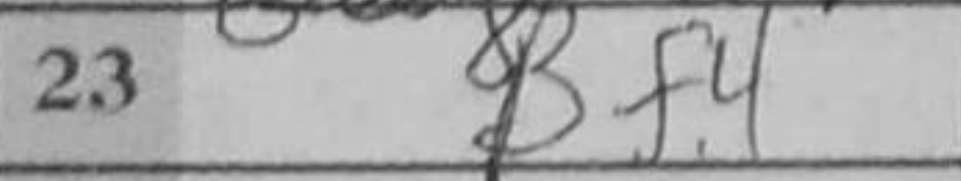
Transcription: Bf4